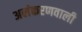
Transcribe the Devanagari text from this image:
अलंकरणवाली